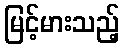
မြင့်မားသည့်